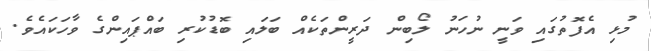
މުޅި އެފޮތުގައި ވަނީ ނުހަނު ލޯބިން ދަރީންތަކެއް ބަލައި ބޮޑުކުރި ބައްޕައިންގެ ވާހަކައެވެ.